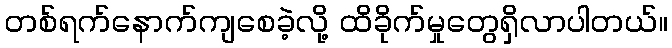
တစ်ရက်နောက်ကျစေခဲ့လို့ ထိခိုက်မှုတွေရှိလာပါတယ်။